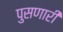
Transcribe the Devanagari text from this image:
पुसणारी